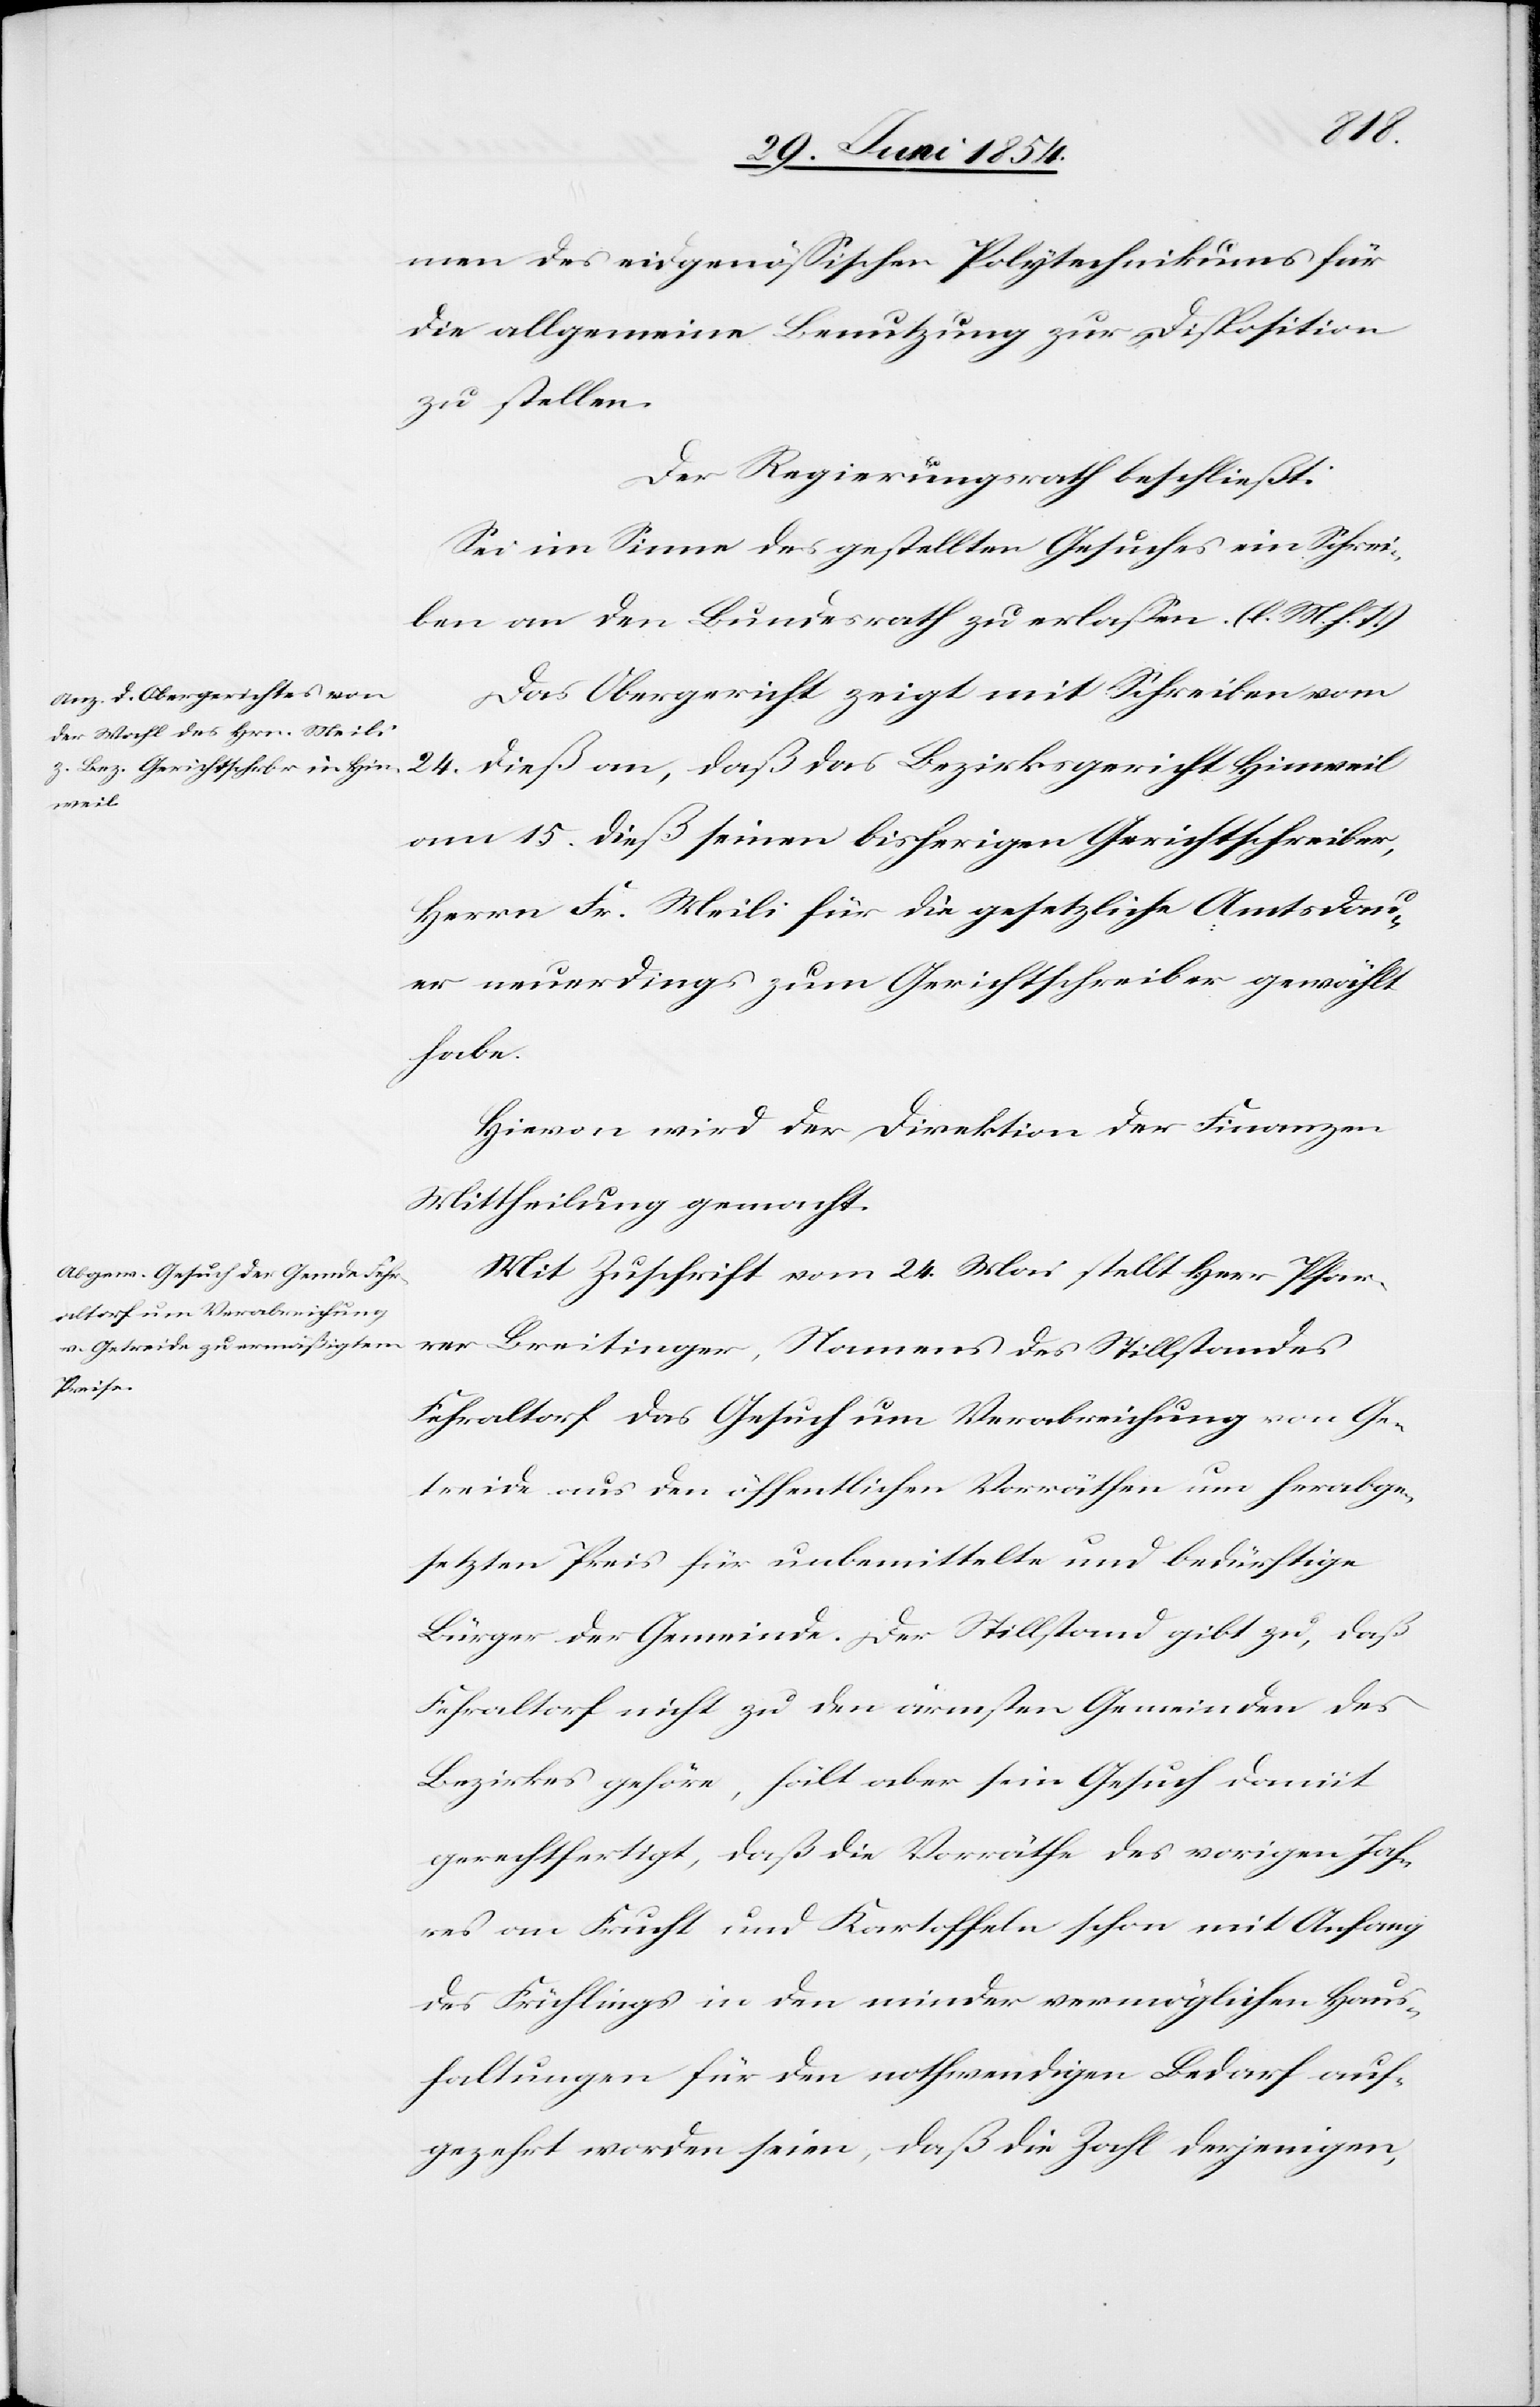
Hin¬
men des eidgenößischen Polytechnikums für
die allgemeine Benutzung zur Disposition
zu stellen.
Der Regierungsrath beschließt:
Sei im Sinne des gestellten Gesuches ein Schrei¬
ben an den Bundesrath zu erlaßen. (l. M. h. T.)
Das Obergericht zeigt mit Schreiben vom
weil
am 15. dieß seinen bisherigen Gerichtsschreiber,
Herrn Fr. Meili für die gesetzliche Amtsdau¬
er neuerdings zum Gerichtsschreiber gewählt
habe.
Hievon wird der Direktion der Finanzen
Mittheilung gemacht.
Mit Zuschrift vom 24. Mai stellt Herr Pfar¬
rer Breitinger, Namens des Stillstandes
das
Fehraltorf das Gesuch um Verabreichung von Ge¬
treide aus den öffentlichen Vorräthen um herabge¬
setzten Preis für unbemittelte und bedürftige
Bürger der Gemeinde. Der Stillstand gibt zu, daß
Fehraltorf nicht zu den ärmsten Gemeinden des
Bezirkes gehöre, hält aber sein Gesuch damit
gerechtfertigt, daß die Vorräthe des vorigen Jah¬
res an Frucht und Kartoffeln schon mit Anfang
des Frühlings in den minder vermöglichen Haus¬
haltungen für den nothwendigen Bedarf auf¬
gezehrt worden seien, daß die Zahl derjenigen,